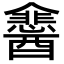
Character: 𮡉